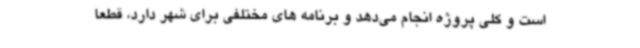
است و کلی پروژه انجام می‌دهد و برنامه های مختلفی برای شهر دارد، قطعا